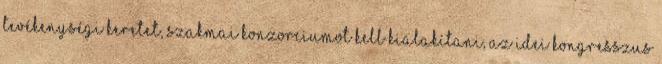
tevékenységi keretet, szakmai konzorciumot kell kialakítani, az idei kongresszus